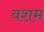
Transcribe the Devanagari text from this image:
बशम